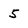
Character: 5